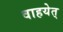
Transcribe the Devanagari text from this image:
वाहयेत्